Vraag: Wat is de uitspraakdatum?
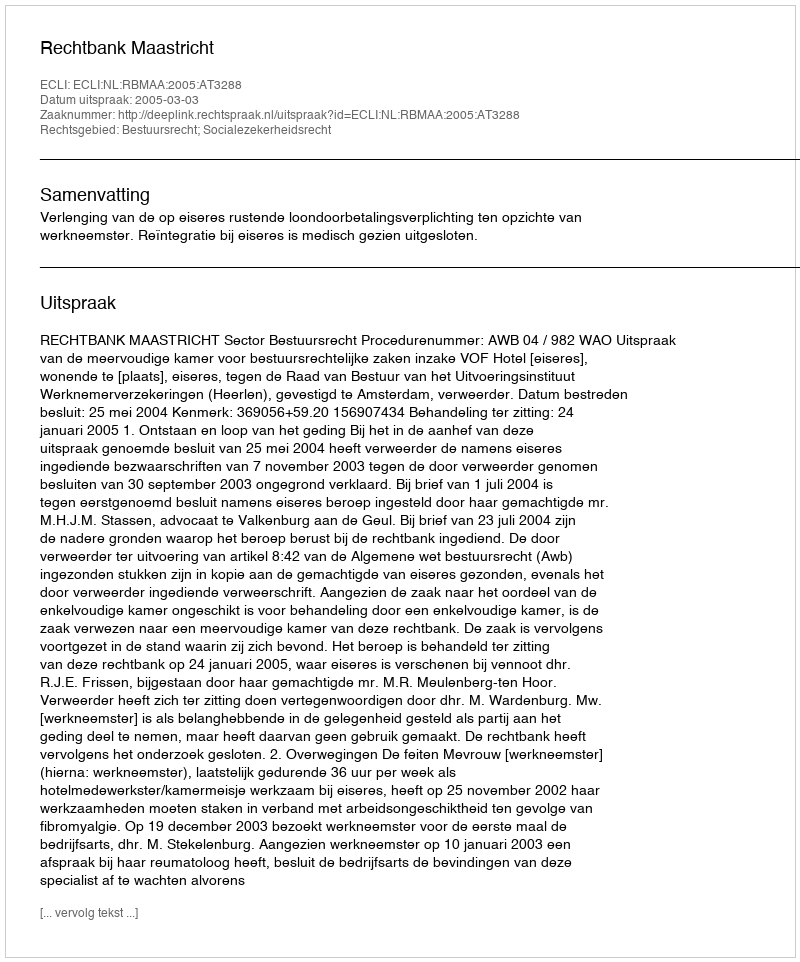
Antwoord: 2005-03-03